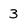
Character: 3